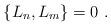
LaTeX: \begin{align*}\{L_n,L_m\}=0\ .\end{align*}